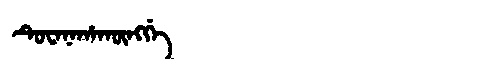
Manchu: ᡨᡠᠸᠠᠨᠠᡥᠠᡴᡡᠩᡤᡝ
Romanization: TUWANAHAKŪNGGE